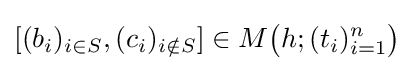
[(b_{i})_{i\in S},(c_{i})_{i\notin S}]\in M{\big (}h;(t_{i})_{i=1}^{n}{\big )}